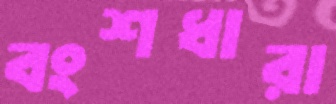
বংশধারা